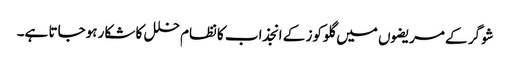
شوگر کے مریضوں میں گلوکوز کے انجذاب کانظام خلل کا شکار ہوجاتا ہے۔